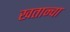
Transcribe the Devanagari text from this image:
खतान्चा